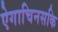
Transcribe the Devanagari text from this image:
ऐगाचिनसकि